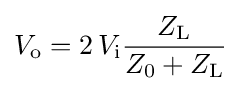
V_{\mathrm {o} }=2\,V_{\mathrm {i} }{\frac {Z_{\mathrm {L} }}{Z_{\mathrm {0} }+Z_{\mathrm {L} }}}